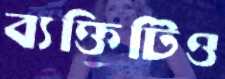
ব্যক্তিটিও